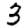
Digit: 3